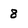
Character: 8